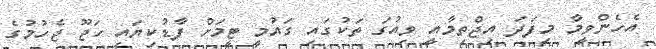
އެހެންވީމާ މިފަދަ އިޖްތިމާއީ ވިއުގަ ތަކުގައި ގައުމީ ޓީމަށް ފާޑުކިޔައި ހަޖޫ ޖެހުމުގެ